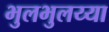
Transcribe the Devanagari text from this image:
भुलभुलय्या